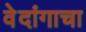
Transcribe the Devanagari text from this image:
वेदांगाचा